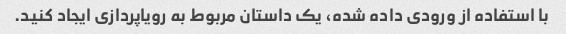
با استفاده از ورودی داده شده، یک داستان مربوط به رویاپردازی ایجاد کنید.